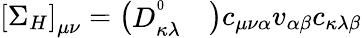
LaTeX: \left[\Sigma_{H}\right]_{\mu\nu}=\left(\begin{array}{cc}{D_{\kappa\lambda}^{^0}}&{}\end{array}\right)c_{\mu\nu\alpha}v_{\alpha\beta}c_{\kappa\lambda\beta}